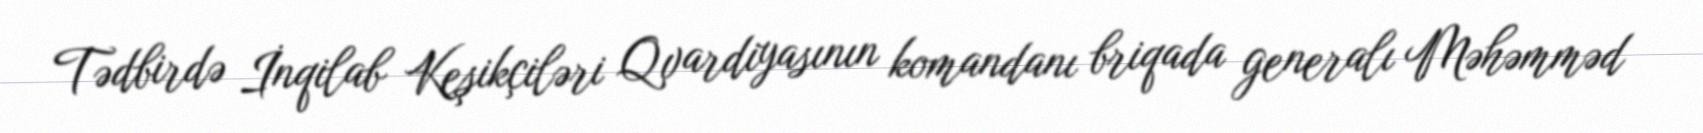
Tədbirdə İnqilab Keşikçiləri Qvardiyasının komandanı briqada generalı Məhəmməd